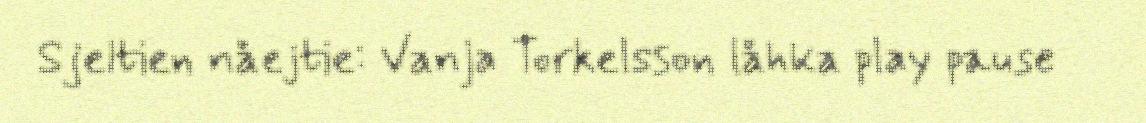
Sjeltien nåejtie: Vanja Torkelsson låhka play pause